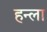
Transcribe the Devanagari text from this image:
हन्ला